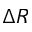
\Delta R